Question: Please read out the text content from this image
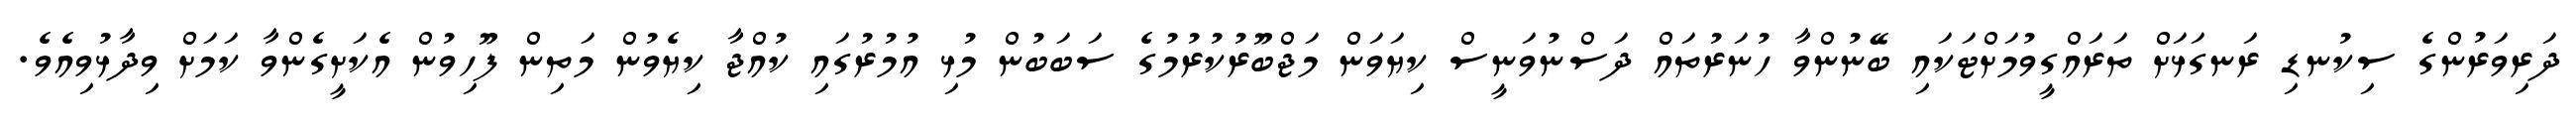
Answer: ދަރިވަރުންގެ ސިކުނޑި ރަނގަޅަށް ތަރައްގީވުމަށްޓަކައި ބޭނުންވާ ހުނަރުތައް ދަސްނުވަނީސް ކިޔަވަން މަޖްބޫރުކުރުމުގެ ސަބަބުން މުޅި އުމުރުގައި ކުއްޖާ ކިޔެވުން މަތިން ފޫހިވުން އެކަށީގެންވާ ކަމަށް ވިދާޅުވިއެވެ.